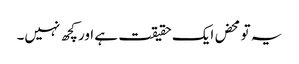
یہ تو محض ایک حقیقت ہے اور کچھ نہیں۔